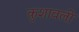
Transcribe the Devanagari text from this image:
कुशावली